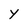
Character: Y